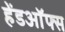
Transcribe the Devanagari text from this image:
हेंडऑफ्स